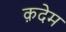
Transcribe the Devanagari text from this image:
क़देम